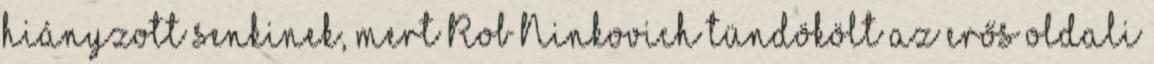
hiányzott senkinek, mert Rob Ninkovich tündökölt az erős oldali